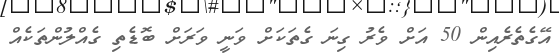
އޭގެތެރެއިން 50 އަށް ވެރު ގިނަ ގެތަކަށް ވަނީ ވަރަށް ބޮޑެތި ގެއްލުންތަކެއް